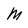
Character: M